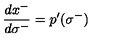
\: \frac { d x ^ { - } } { d \sigma ^ { - } } = p ^ { \prime } ( \sigma ^ { - } ) \: